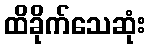
ထိခိုက်သေဆုံး